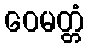
ဝေမတ္တံ